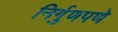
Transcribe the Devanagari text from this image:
निर्गुणपणे